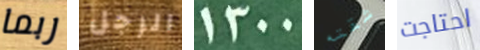
ربما الرجل 1300 شقته احتاجت